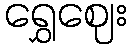
ရွှေဈေး